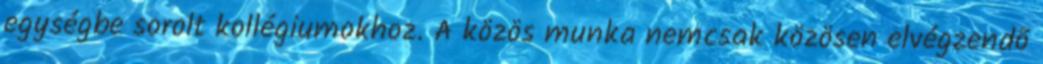
egységbe sorolt kollégiumokhoz. A közös munka nemcsak közösen elvégzendõ